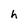
Character: h